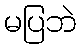
မပြဘဲ